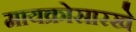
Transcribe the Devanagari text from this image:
मायक्रोसारखे